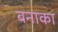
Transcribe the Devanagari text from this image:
बनाका